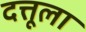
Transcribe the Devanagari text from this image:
दत्तूला